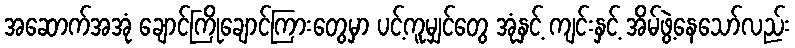
အဆောက်အအုံ ချောင်ကြိုချောင်ကြားတွေမှာ ပင့်ကူမျှင်တွေ အုံနှင့် ကျင်းနှင့် အိမ်ဖွဲ့နေသော်လည်း